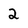
Character: 2